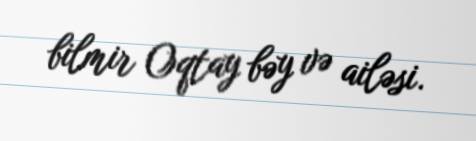
bilmir Oqtay bəy və ailəsi.